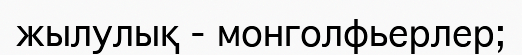
жылулық - монголфьерлер;